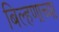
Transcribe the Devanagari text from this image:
बिल्हणाच्या